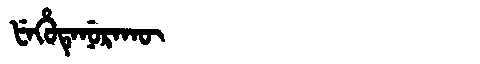
Manchu: ᡶᡝᡥᡠᡨᡝᠨᡠᡵᠠᡴᡡ
Romanization: FEHUTENURAKŪ